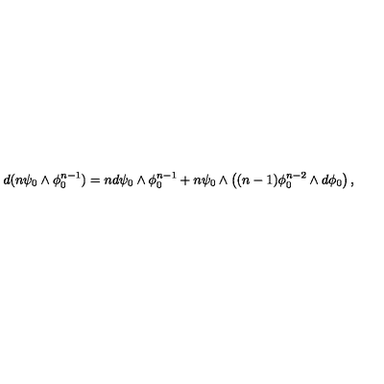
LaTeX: d ( n \psi _ { 0 } \wedge \phi _ { 0 } ^ { n - 1 } ) = n d \psi _ { 0 } \wedge \phi _ { 0 } ^ { n - 1 } + n \psi _ { 0 } \wedge \left( ( n - 1 ) \phi _ { 0 } ^ { n - 2 } \wedge d \phi _ { 0 } \right) ,